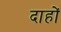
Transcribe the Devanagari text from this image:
दाहों